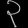
Digit: ၃